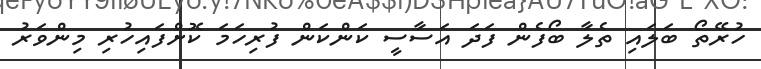
ހުރޭތޯ ބަލައި ތެލާ ބޯފެން ފަދަ އަސާސީ ކަންކަން ފުރިހަމަ ކޮށްފައިހުރި މިންވަރު